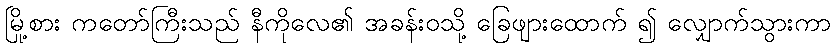
မြို့စား ကတော်ကြီးသည် နီကိုလေ၏ အခန်းဝသို့ ခြေဖျားထောက် ၍ လျှောက်သွားကာ